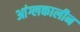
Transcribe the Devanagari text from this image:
आंग्लकालीन